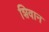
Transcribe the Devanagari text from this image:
शिवान